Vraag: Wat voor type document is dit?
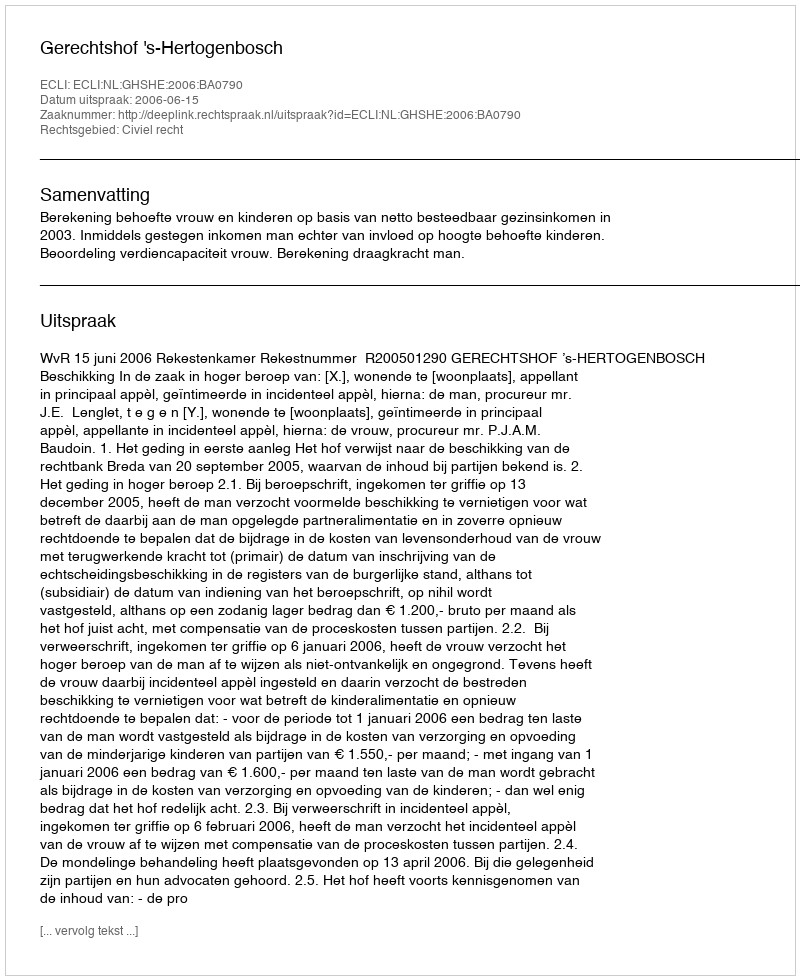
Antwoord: Uitspraak